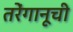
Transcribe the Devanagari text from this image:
तरेंगानूची